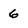
Character: 6